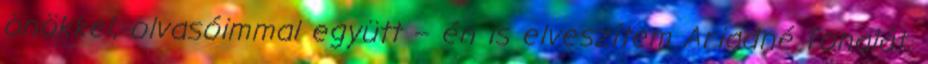
önökkel, olvasóimmal együtt – én is elveszítem Ari­adné fonalát.